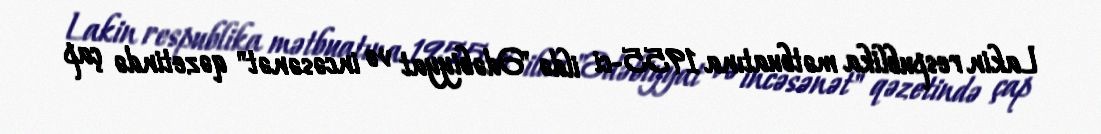
Lakin respublika mətbuatına 1955-ci ildə "Ədəbiyyat və incəsənət" qəzetində çap